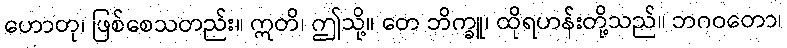
ဟောတု၊ ဖြစ်စေသတည်း။ ဣတိ၊ ဤသို့။ တေ ဘိက္ခူ၊ ထိုရဟန်းတို့သည်။ ဘဂဝတော၊